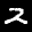
Digit: 2